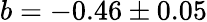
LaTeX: b=-0.46\pm 0.05